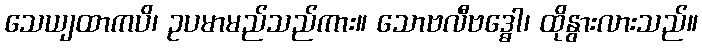
သေယျထာကပိ၊ ဥပမာမည်သည်ကား။ သောဗလီဗဒ္ဓေါ၊ ထိုနွားလားသည်။